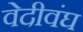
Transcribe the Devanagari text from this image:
वेदीवंघ